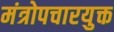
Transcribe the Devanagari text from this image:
मंत्रोपचारयुक्त